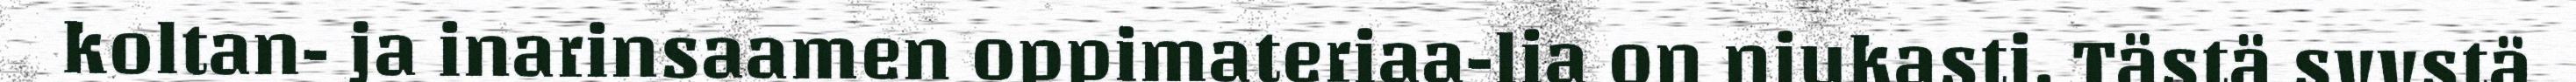
koltan- ja inarinsaamen oppimateriaa-lia on niukasti. Tästä syystä